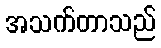
အသက်တာသည်